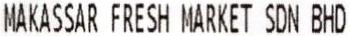
MAKASSAR FRESH MARKET SDN BHD